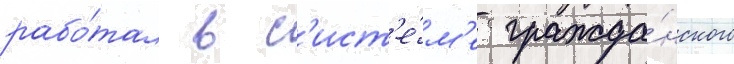
рабо́тал в с'ист'е́м'е гражда́нского